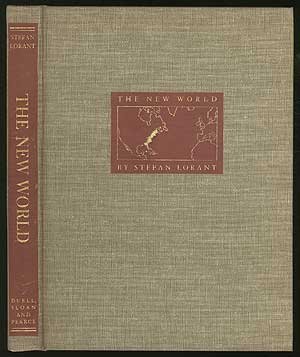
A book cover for The New World: The First Pictures of America; Stefan Lorant; Travel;